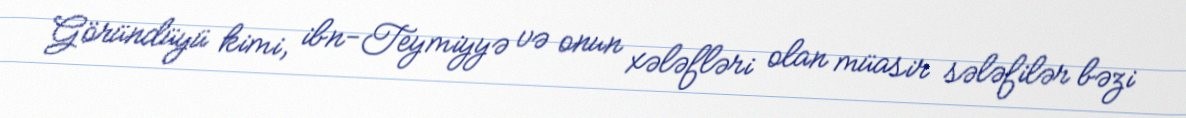
Göründüyü kimi, ibn-Teymiyyə və onun xələfləri olan müasir sələfilər bəzi